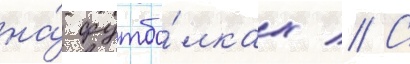
на́ футбо́лках // С